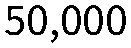
50,000